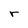
Character: r